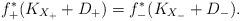
LaTeX: \begin{align*}f_+^*(K_{X_+}+D_+)=f_-^*(K_{X_-}+D_-).\end{align*}